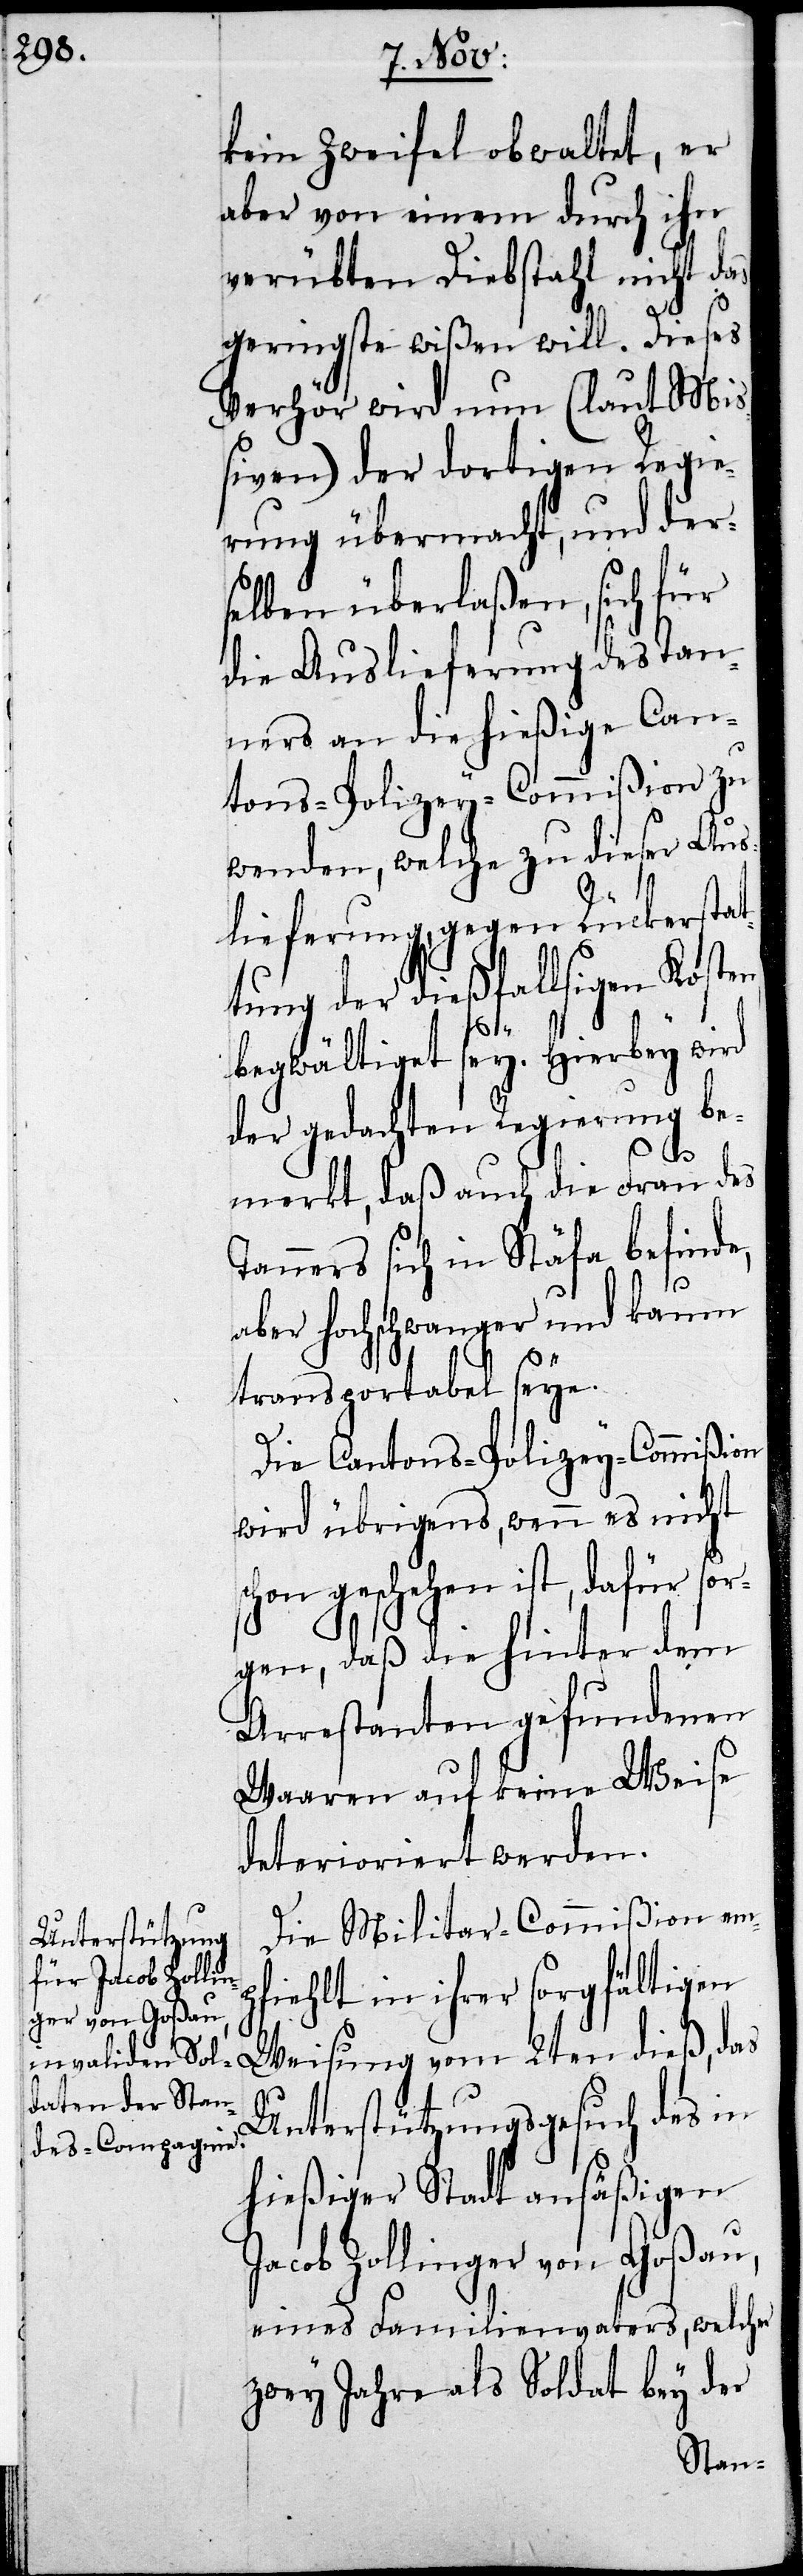
kein Zweifel obwaltet, er
aber von einem durch ihn
verübten Diebstahl nicht das
geringste wißen will. Dieses
Verhör wird nun (laut Mi¬
ßiven) der dortigen Regie¬
rung übermacht, und der¬
selben überlaßen, sich für
die Auslieferung des Tan¬
ner an die hießige Can¬
tons-Policey-Commißion zu
wenden, welche zu dieser Aus¬
lieferung, gegen Rückerstat¬
tung der dießfallsigen Koste¬
begwältiget sey. Hierbey wird
der gedachten Regierung be¬
e,
merkt, daß auch die Frau des
Tanners sich in Stäfa befind¬
aber hochschwanger und kaum
transportabel seye.
Die Cantons-Policey-Commißion
wird übrigens, wenn es nicht
schon geschehen ist, dafür sor¬
gen, daß die hinter dem
Arrestanten gefundenen
Waaren auf keine Weise
deterioriert werden.
Die Militar-Commißion em¬
pfiehlt in ihrer sorgfältigen
Weisung vom 2ten dieß, das
Unterstützungsgesuch des in
hießiger Stadt ansäßigen
Jacob Zollinger von Goßau,
eines Familienvaters, welcher
zwey Jahre als Soldat bei der